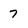
Character: 7